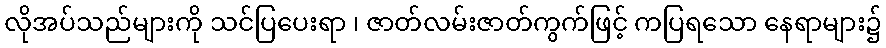
လိုအပ်သည်များကို သင်ပြပေးရာ ၊ ဇာတ်လမ်းဇာတ်ကွက်ဖြင့် ကပြရသော နေရာများ၌